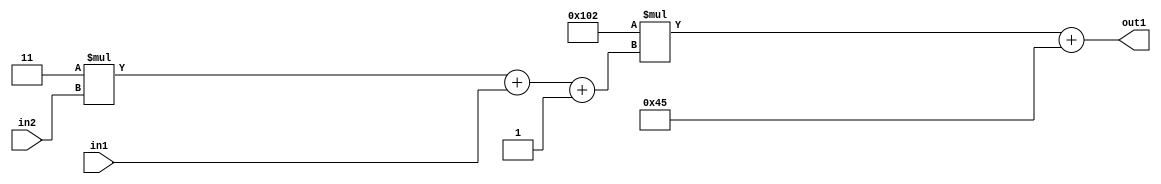
`timescale 1ps / 1ps
/*****************************************************************************
    Verilog RTL Description
    
    
    Created by: Stratus DpOpt 2019.1.01 
*******************************************************************************/

module DC_Filter_Add2i69Mul2i258Add3i1u1Mul2i3u2_1 (
	in2,
	in1,
	out1
	); /* architecture "behavioural" */ 
input [1:0] in2;
input  in1;
output [11:0] out1;
wire [11:0] asc001;
wire [3:0] asc002;

wire [3:0] asc002_tmp_0;
wire [3:0] asc002_tmp_1;
assign asc002_tmp_1 = 
	+(4'B0011 * in2);
assign asc002_tmp_0 = asc002_tmp_1
	+(in1);
assign asc002 = asc002_tmp_0
	+(4'B0001);

wire [11:0] asc001_tmp_2;
assign asc001_tmp_2 = 
	+(12'B000100000010 * asc002);
assign asc001 = asc001_tmp_2
	+(12'B000001000101);

assign out1 = asc001;
endmodule

/* CADENCE  vrPzTw4= : u9/ySgnWtBlWxVPRXgAZ4Og= ** DO NOT EDIT THIS LINE ******/